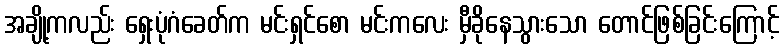
အချို့ကလည်း ရှေးပုံဂံခေတ်က မင်းရှင်စော မင်းကလေး မှီခိုနေသွားသော တောင်ဖြစ်ခြင်းကြောင့်